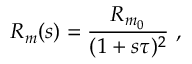
R _ { m } ( s ) = \frac { R _ { m _ { 0 } } } { ( 1 + s \tau ) ^ { 2 } } ~ ,